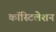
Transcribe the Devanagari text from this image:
कॉस्टिलेशन